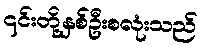
၎င်းတို့နှစ်ဦးစလုံးသည်